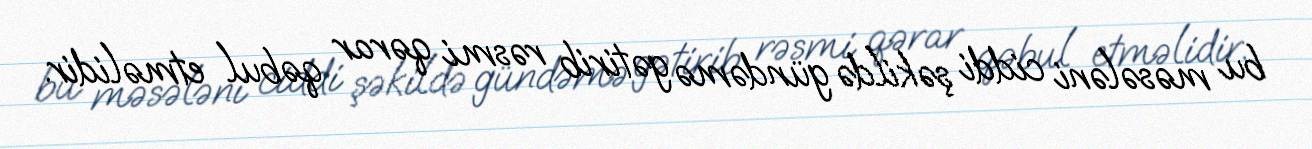
bu məsələni ciddi şəkildə gündəmə gətirib rəsmi qərar qəbul etməlidir.